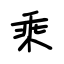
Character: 乘